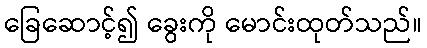
ခြေဆောင့်၍ ခွေးကို မောင်းထုတ်သည်။